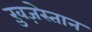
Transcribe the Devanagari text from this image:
ख़ुज़ेस्तान